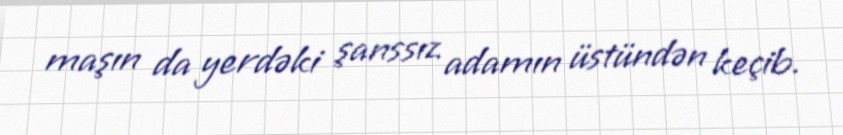
maşın da yerdəki şanssız adamın üstündən keçib.